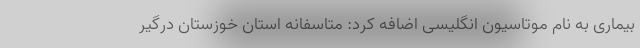
بیماری به نام موتاسیون انگلیسی اضافه کرد: متاسفانه استان خوزستان درگیر